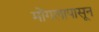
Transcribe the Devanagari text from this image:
मोंगलापासून